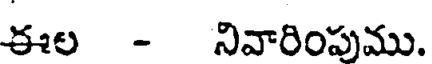
ఈల - నివారింపుము.